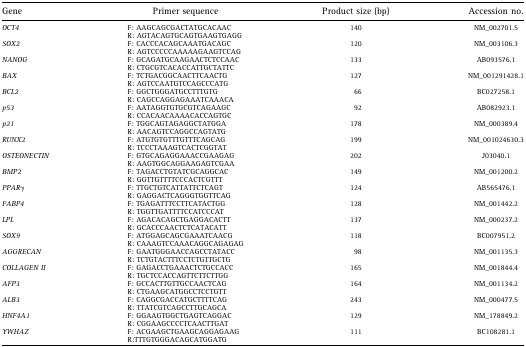
<table><thead><tr><td><b>Gene</b></td><td><b>Primer sequence</b></td><td><b>Product size (bp)</b></td><td><b>Accession no.</b></td></tr></thead><tbody><tr><td><i>OCT4</i></td><td>F: AAGCAGCGACTATGCACAAC</td><td>140</td><td>NM_002701.5</td></tr><tr><td></td><td>R: AGTACAGTGCAGTGAAGTGAGG</td><td></td><td></td></tr><tr><td><i>SOX2</i></td><td>F: CACCCACAGCAAATGACAGC</td><td>120</td><td>NM_003106.3</td></tr><tr><td></td><td>R: AGTCCCCCAAAAAGAAGTCCAG</td><td></td><td></td></tr><tr><td><i>NANOG</i></td><td>F: GCAGATGCAAGAACTCTCCAAC</td><td>133</td><td>AB093576.1</td></tr><tr><td></td><td>R: CTGCGTCACACCATTGCTATTC</td><td></td><td></td></tr><tr><td><i>BAX</i></td><td>F: TCTGACGGCAACTTCAACTG</td><td>127</td><td>NM_001291428.1</td></tr><tr><td></td><td>R: AGTCCAATGTCCAGCCCATG</td><td></td><td></td></tr><tr><td><i>BCL2</i></td><td>F: GGCTGGGATGCCTTTGTG</td><td>66</td><td>BC027258.1</td></tr><tr><td></td><td>R: CAGCCAGGAGAAATCAAACA</td><td></td><td></td></tr><tr><td><i>p53</i></td><td>F: AATAGGTGTGCGTCAGAAGC</td><td>92</td><td>AB082923.1</td></tr><tr><td></td><td>R: CCACAACAAAACACCAGTGC</td><td></td><td></td></tr><tr><td><i>p21</i></td><td>F: TGGCAGTAGAGGCTATGGA</td><td>178</td><td>NM_000389.4</td></tr><tr><td></td><td>R: AACAGTCCAGGCCAGTATG</td><td></td><td></td></tr><tr><td><i>RUNX2</i></td><td>F: ATGTGTGTTTGTTTCAGCAG</td><td>199</td><td>NM_001024630.3</td></tr><tr><td></td><td>R: TCCCTAAAGTCACTCGGTAT</td><td></td><td></td></tr><tr><td><i>OSTEONECTIN</i></td><td>F: GTGCAGAGGAAACCGAAGAG</td><td>202</td><td>J03040.1</td></tr><tr><td></td><td>R: AAGTGGCAGGAAGAGTCGAA</td><td></td><td></td></tr><tr><td><i>BMP2</i></td><td>F: TAGACCTGTATCGCAGGCAC</td><td>149</td><td>NM_001200.2</td></tr><tr><td></td><td>R: GGTTGTTTTCCCACTCGTTT</td><td></td><td></td></tr><tr><td><i>PPARγ</i></td><td>F: TTGCTGTCATTATTCTCAGT</td><td>124</td><td>AB565476.1</td></tr><tr><td></td><td>R: GAGGACTCAGGGTGGTTCAG</td><td></td><td></td></tr><tr><td><i>FABP4</i></td><td>F: TGAGATTTCCTTCATACTGG</td><td>128</td><td>NM_001442.2</td></tr><tr><td></td><td>R: TGGTTGATTTTCCATCCCAT</td><td></td><td></td></tr><tr><td><i>LPL</i></td><td>F: AGACACAGCTGAGGACACTT</td><td>137</td><td>NM_000237.2</td></tr><tr><td></td><td>R: GCACCCAACTCTCATACATT</td><td></td><td></td></tr><tr><td><i>SOX9</i></td><td>F: ATGGAGCAGCGAAATCAACG</td><td>118</td><td>BC007951.2</td></tr><tr><td></td><td>R: CAAAGTCCAAACAGGCAGAGAG</td><td></td><td></td></tr><tr><td><i>AGGRECAN</i></td><td>F: GAATGGGAACCAGCCTATACC</td><td>98</td><td>NM_001135.3</td></tr><tr><td></td><td>R: TCTGTACTTTCCTCTGTTGCTG</td><td></td><td></td></tr><tr><td><i>COLLAGEN II</i></td><td>F: GAGACCTGAAACTCTGCCACC</td><td>165</td><td>NM_001844.4</td></tr><tr><td></td><td>R: TGCTCCACCAGTTCTTCTTGG</td><td></td><td></td></tr><tr><td><i>AFP3</i></td><td>F: GCCACTTGTTGCCAACTCAG</td><td>164</td><td>NM_001134.2</td></tr><tr><td></td><td>R: CTGAAGCATGGCCTCCTGTT</td><td></td><td></td></tr><tr><td><i>ALB3</i></td><td>F: CAGGCGACCATGCTTTTCAG</td><td>243</td><td>NM_000477.5</td></tr><tr><td></td><td>R: TTATCGTCAGCCTTGCAGCA</td><td></td><td></td></tr><tr><td><i>HNF4A1</i></td><td>F: GGAAGTGGCTGAGTCAGGAC</td><td>129</td><td>NM_178849.2</td></tr><tr><td></td><td>R: CGGAAGCCCCTCAACTTGAT</td><td></td><td></td></tr><tr><td><i>YWHAZ</i></td><td>F: ACGAAGCTGAAGCAGGAGAAG</td><td>111</td><td>BC108281.1</td></tr><tr><td></td><td>R:TTTGTGGGACAGCATGGATG</td><td></td><td></td></tr></tbody></table>